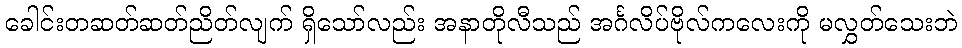
ခေါင်းတဆတ်ဆတ်ညိတ်လျက် ရှိသော်လည်း အနာတိုလီသည် အင်္ဂလိပ်ဗိုလ်ကလေးကို မလွှတ်သေးဘဲ